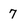
Character: 7